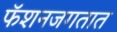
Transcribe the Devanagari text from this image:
फॅशनजगतात